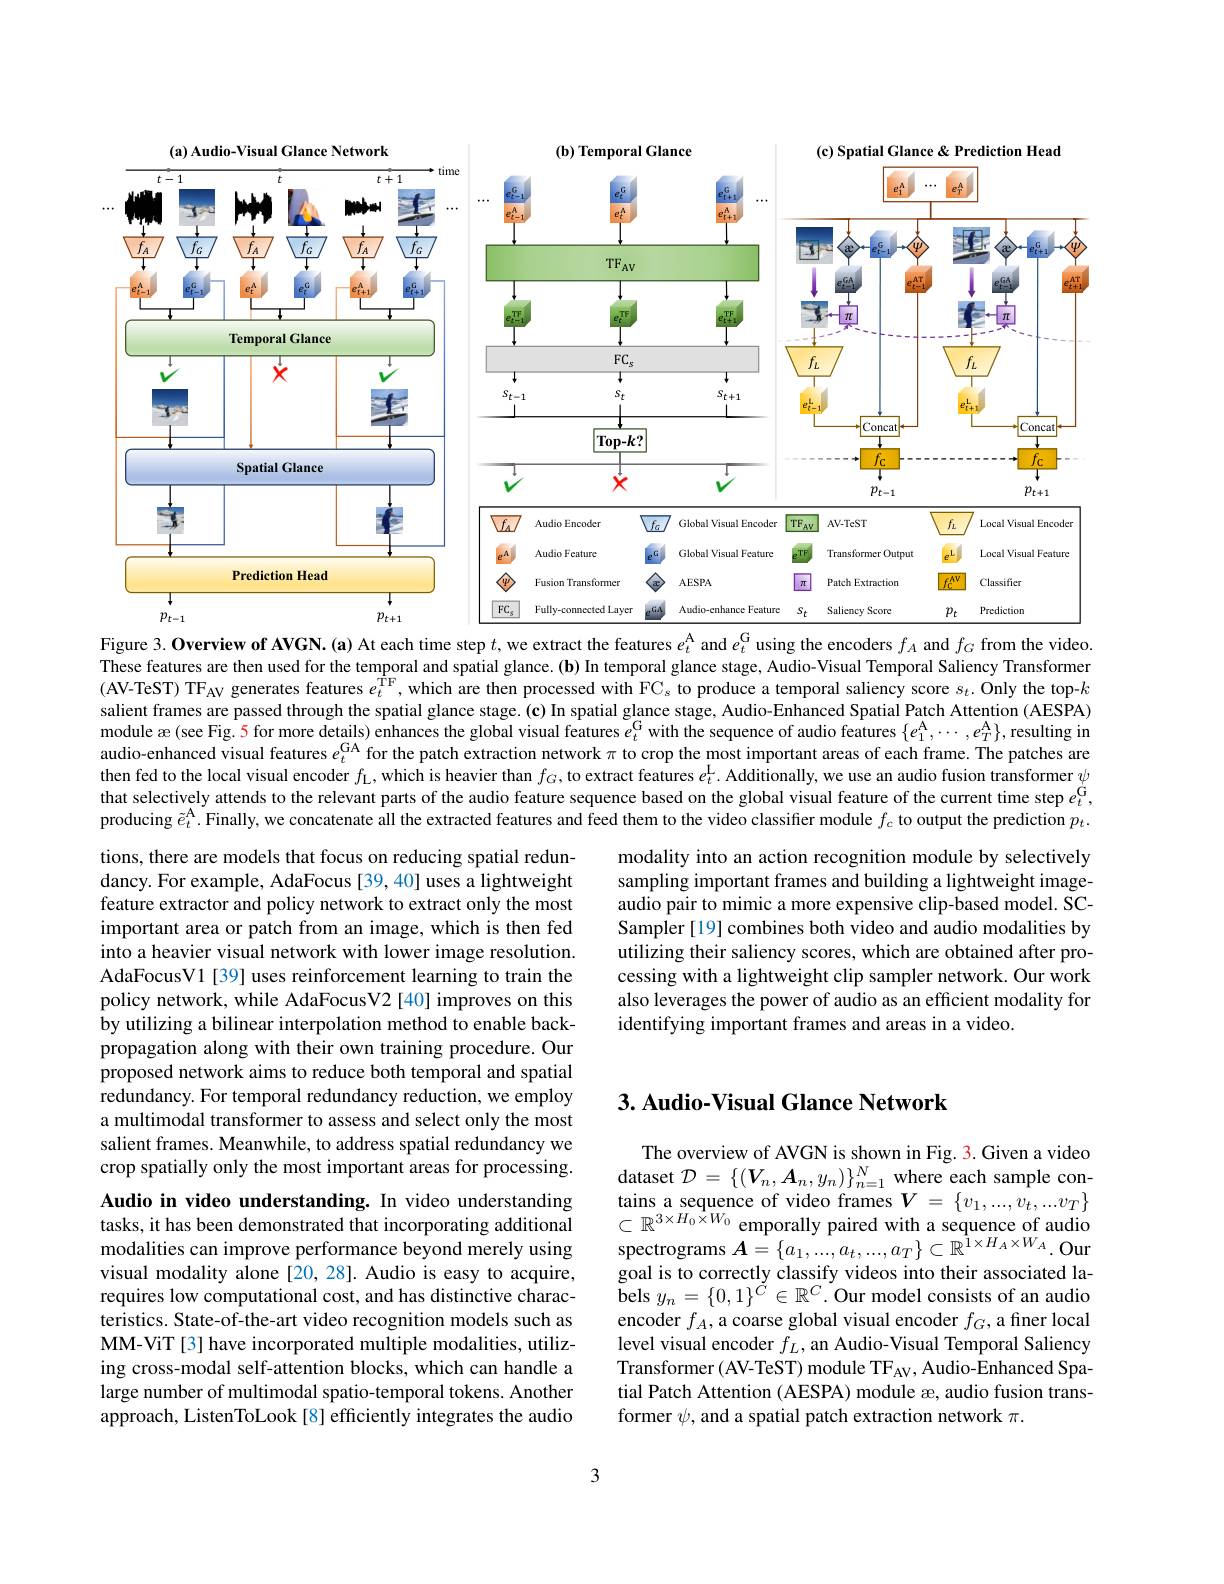
<FigureHere>

Figure 3. Overview of AVGN. (a) At each time step $t$, we extract the features $e_t^\mathrm{A}$ and $e_t^\mathrm{G}$ using the encoders $f_A$ and $f_G$ from the video.

These features are then used for the temporal and spatial glance. (b) In temporal glance stage, Audio-Visual Temporal Saliency Transformer (AV-TeST) TF$_\mathrm{AV}$ generates features $e_t^\mathrm{TF}$, which are then processed with FC$_s$ to produce a temporal saliency score $s_t.$ Only the top-keresT) TF$_\mathrm{AV}$ generates features $e_t^\mathrm{TF}$, which are then processed with FC$_s$ to produce a tеmporal salient frames are passed through the spatial glance stage. (c) In spatial glance stage, Audio-Enhanced Spatial Patch Attention ( AESPA) module æ (see Fg.5 for more details) enhances the global visual features $e_t^\mathrm{G}$ with the sequence of audio features $\{e_1^\mathrm{A},\cdots,e_T^\mathrm{A}\}$,resulting in audio-enhanced visual features $e_t^\mathrm{GA}$ for the patch extraction network $\pi$ to crop the most impo then fed to the local visual encoder $f_{\mathrm{L}}$,which is heavier than $f_G$,to extract features $e_t^\mathrm{L}.$ Additionally, we use an audio fusion transformer $\psi$ that selectively attends to the relevant parts of the audio feature sequence based on the global visual feature of the current time step $e_t^\mathrm{G}$, producing $\tilde{e}_t^\mathrm{A}$. Finally, we concatenate all the extracted features and feed them to the video classifier module $f_c$ to output the prediction $p_t.$

modality into an action recognition module by selectively sampling important frames and building a lightweight imageaudio pair to mimic a more expensive clip-based model. SCSampler [19] combines both video and audio modalities by utilizing their saliency scores, which are obtained after processing with a lightweight clip sampler network. Our work also leverages the power of audio as an efficient modality for identifying important frames and areas in a video.

## $3. \textbf{ Audio- Visual Glance Network}$

tions, there are models that focus on reducing spatial redundancy. For example, AdaFocus [39, 40] uses a lightweight feature extractor and policy network to extract only the most important area or patch from an image, which is then fed into a heavier visual network with lower image resolution. AdaFocusV1 [39] uses reinforcement learning to train the policy network, while AdaFocusV2 [40] improves on this by utilizing a bilinear interpolation method to enable backpropagation along with their own training procedure. Our proposed network aims to reduce both temporal and spatial redundancy. For temporal redundancy reduction, we employ a multimodal transformer to assess and select only the most salient frames. Meanwhile, to address spatial redundancy we crop spatially only the most important areas for processing. Audio in video understanding. In video understanding tasks, it has been demonstrated that incorporating additional modalities can improve performance beyond merely using visual modality alone[20,28]. Audio is easy to acquire, requires low computational cost, and has distinctive characteristics. State-of-the-art video recognition models such as MM-ViT [3] have incorporated multiple modalities, utilizing cross-modal self-attention blocks, which can handle a large number of multimodal spatio-temporal tokens. Another approach, ListenToLook [8] efficiently integrates the audio

The overview of AVGN is shown in Fig. 3. Given a video dataset $\mathcal{D}=\left\{(\boldsymbol{V}_n,\boldsymbol{A}_n,y_n)\right\}_{n=1}^N$ where each sample con- $\begin{array}{l}\text{tains a sequence of video frames }V&=\{v_1,...,v_t,...v_T\}\\\subset\mathbb{R}^{3\times H_0\times W_0}&\text{emporally paired with a sequence of audio}\\\\\end{array}$ spectrograms $\boldsymbol{A}=\{a_1,...,a_t,...,a_T\}\subset\mathbb{R}^{1\times H_A\times W_A}.$Our goal is to correctly classify videos into their associated la- ${\mathrm{~bels~}y_{n}=\{0,1\}^{\tilde{C}}\in\mathbb{R}^{C}.{\mathrm{~Our~model~consists~of~an~audio}}}$ encoder $f_A$, a coarse global visual encoder $f_G$, a finer local level visual encoder $f_L$, an Audio-Visual Temporal Saliency Transformer (AV-TeST) module TF$_\mathrm{AV}$, Audio-Enhanced Spatial Patch Attention (AESPA) module æ, audio fusion transformer $\psi$, and a spatial patch extraction network $\pi.$

3